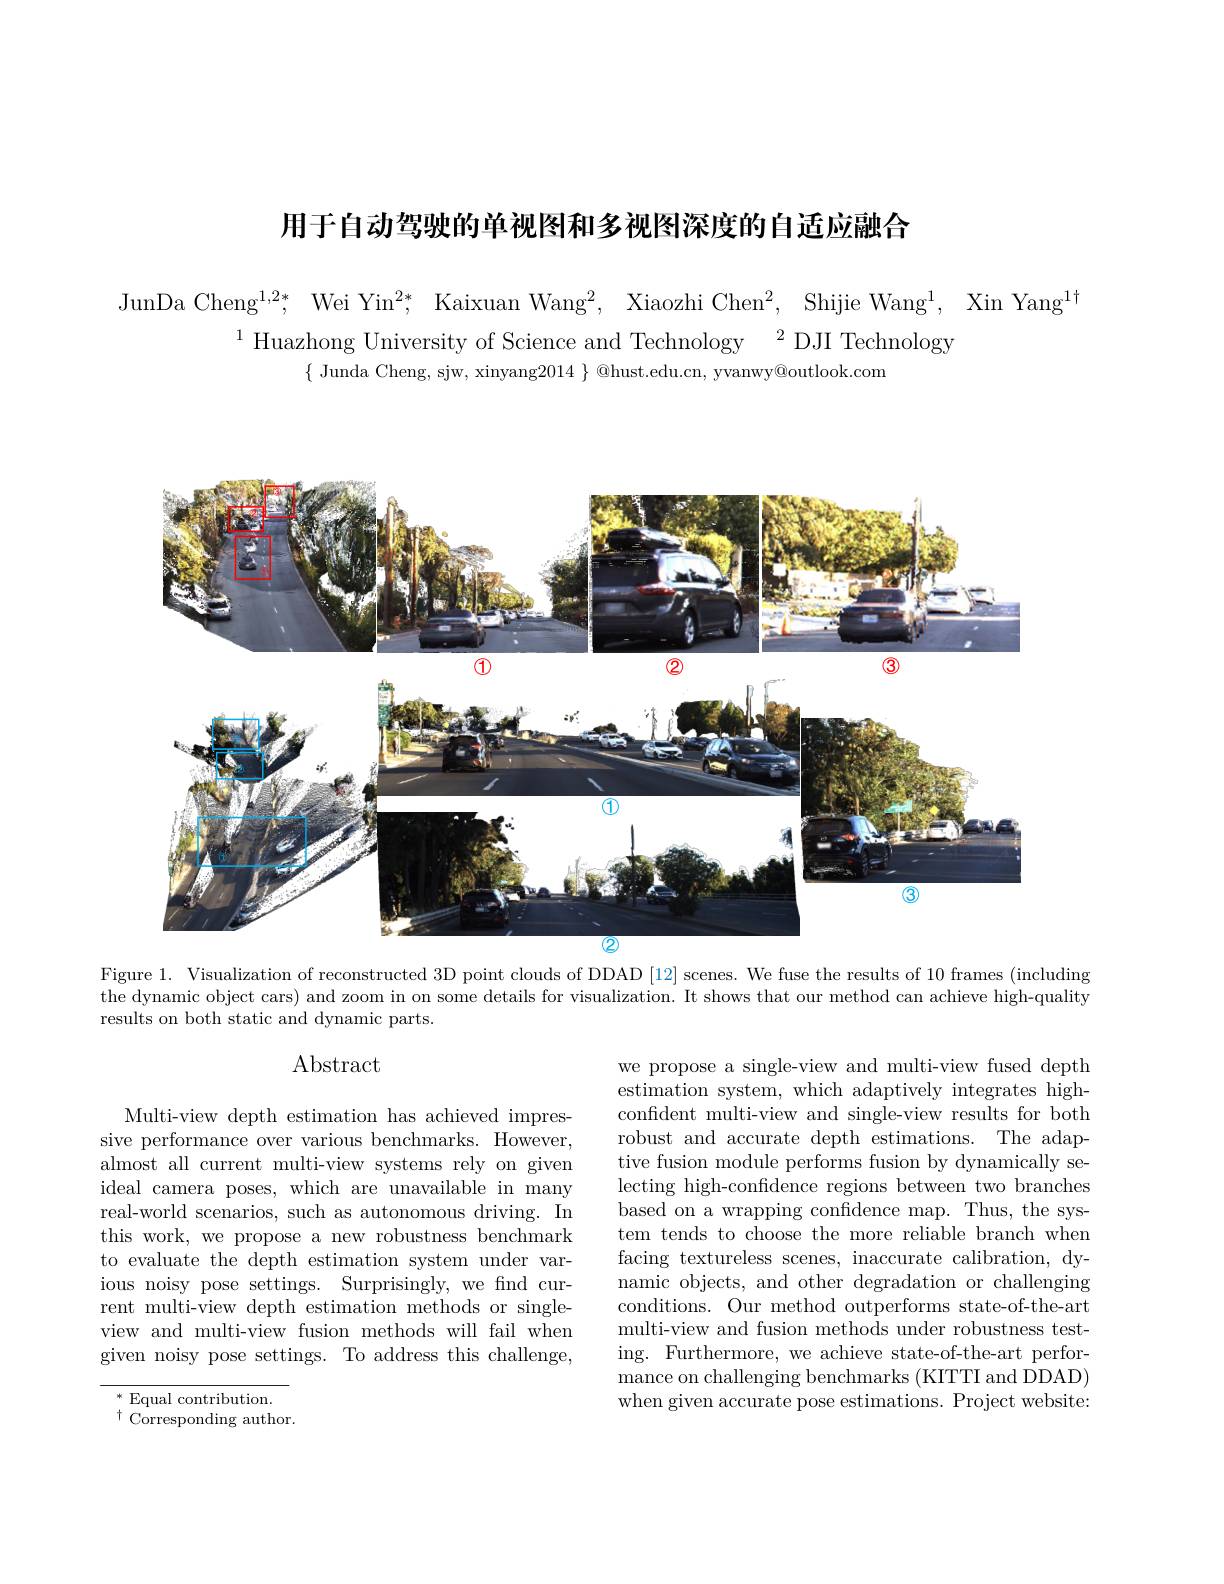
用于自动驾驶的单视图和多视图深度的自适应融合

JunDa Cheng$^1, 2* $, Wei Yin$^{2* }$, Kaixuan Wang$^2$, Xiaozhi Chen$^2$, Shijie Wang$^1$, Xin Yang$^1+$
$^{1}$ Huazhong University of Science and Technology$^2$ DJI Technology
$\{$ Junda Cheng, sjw, xinyang$2014\}@$hust.edu.cn, yvanwy@outlook.com

<FigureHere>
$\textcircled{2}$

Figure 1. Visualization of reconstructed 3D point clouds of DDAD [12] scenes. We fuse the results of 10 frames (including the dynamic object cars) and zoom in on some details for visualization. It shows that our method can achieve high-quality results on both static and dynamic parts.

$\operatorname{Abstract}$

we propose a single-view and multi-view fused depth estimation system, which adaptively integrates highconfident multi-view and single-view results for both robust and accurate depth estimations. The adaptive fusion module performs fusion by dynamically selecting high-confidence regions between two branches based on a wrapping confidence map. Thus, the system tends to choose the more reliable branch when facing textureless scenes, inaccurate calibration, dynamic objects, and other degradation or challenging conditions. Our method outperforms state-of-the-art multi-view and fusion methods under robustness testing. Furthermore, we achieve state-of-the-art performance on challenging benchmarks (KITTI and DDAD) when given accurate pose estimations. Project website:

Multi-view depth estimation has achieved impressive performance over various benchmarks. However, almost all current multi-view systems rely on given ideal camera poses, which are unavailable in many real-world scenarios, such as autonomous driving. In this work, we propose a new robustness benchmark to evaluate the depth estimation system under various noisy pose settings. Surprisingly, we find current multi-view depth estimation methods or singleview and multi-view fusion methods will fail when given noisy pose settings. To address this challenge,

$^*$ Equal contribution.
$^{\dagger}$Corresponding author.